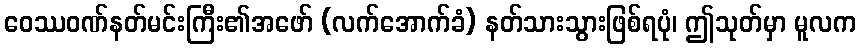
ဝေဿဝဏ်နတ်မင်းကြီး၏အဖော် (လက်အောက်ခံ) နတ်သားသွားဖြစ်ရပုံ၊ ဤသုတ်မှာ မူလက